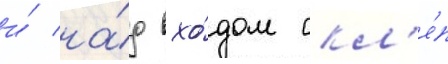
и́ на́д вхо́дом скл'е́п